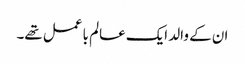
ان کے والد ایک عالم با عمل تھے۔